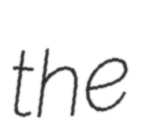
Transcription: the